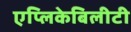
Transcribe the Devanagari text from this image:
एप्लिकेबिलीटी